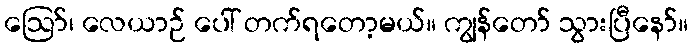
ဪ၊ လေယာဉ် ပေါ် တက်ရတော့မယ်။ ကျွန်တော် သွားပြီနော်။